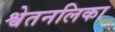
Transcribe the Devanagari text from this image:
श्वेतनलिका